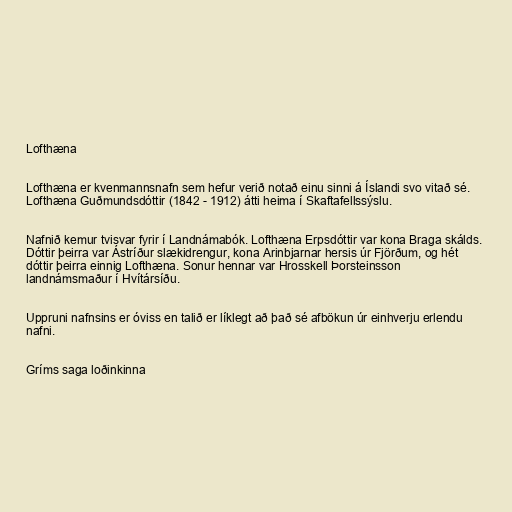
Lofthæna

Lofthæna er kvenmannsnafn sem hefur verið notað einu sinni á Íslandi svo vitað sé.
Lofthæna Guðmundsdóttir (1842 - 1912) átti heima í Skaftafellssýslu.

Nafnið kemur tvisvar fyrir í Landnámabók. Lofthæna Erpsdóttir var kona Braga skálds.
Dóttir þeirra var Ástríður slækidrengur, kona Arinbjarnar hersis úr Fjörðum, og hét
dóttir þeirra einnig Lofthæna. Sonur hennar var Hrosskell Þorsteinsson
landnámsmaður í Hvítársíðu.

Uppruni nafnsins er óviss en talið er líklegt að það sé afbökun úr einhverju erlendu
nafni.

Gríms saga loðinkinna